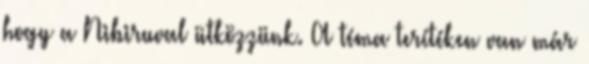
hogy a Nibiruval ütközzünk. A téma terítéken van már